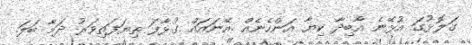
ގަލޮޅުގަ އުޅޭނެ އާބިދާ ކިޔާ އަންހެނެއް .އޭނައައް ގުޅާފަ ތިޔަފަތިވަރު ދަމާ ބަލަ.